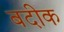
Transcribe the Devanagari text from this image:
बदीक